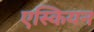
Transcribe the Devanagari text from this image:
एस्कियन